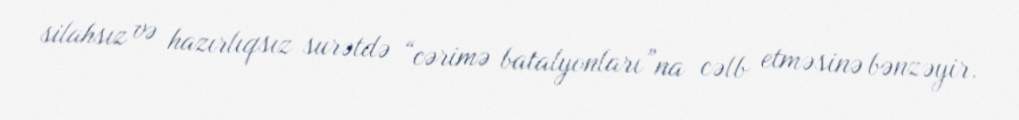
silahsız və hazırlıqsız surətdə “cərimə batalyonları”na cəlb etməsinə bənzəyir.